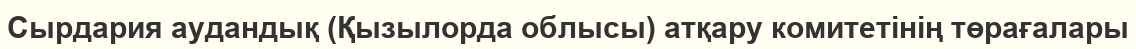
Сырдария аудандық (Қызылорда облысы) атқару комитетінің төрағалары